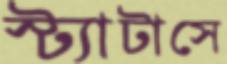
স্ট্যাটাসে